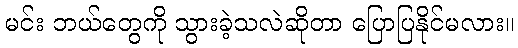
မင်း ဘယ်တွေကို သွားခဲ့သလဲဆိုတာ ပြောပြနိုင်မလား။